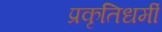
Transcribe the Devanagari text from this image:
प्रकृतिधर्मी